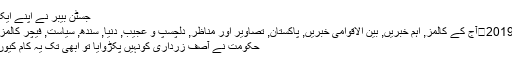
جسٹن بیبر نے اپنے ایک ٹویٹ …
جون 10, 2019	آج کے کالمز, اہم خبریں, بین الاقوامی خبریں, پاکستان, تصاویر اور مناظر, دلچسپ و عجیب, دنیا, سندھ, سیاست, فیچر کالمز, ویڈیوز 0
حکومت نے آصف زرداری کونہیں پکڑوایا تو ابھی تک یہ کام کیوں نہیں کیا ؟